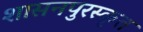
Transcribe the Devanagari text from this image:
शासनपुरस्कृत